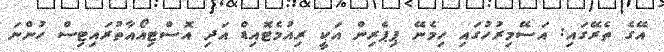
އޭގެ ތެރޭގައި: އަސޭމިރުހުގައި ހިމެނޭ ޕިޕެރިން އަކީ ރިއުމެޓޮއިޑް އަދި އޮސްޓިއޯއާތުރައިިޓިސް ހުންނަ